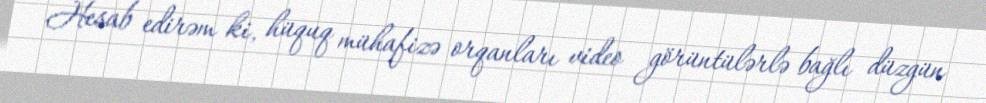
Hesab edirəm ki, hüquq mühafizə orqanları video görüntülərlə bağlı düzgün